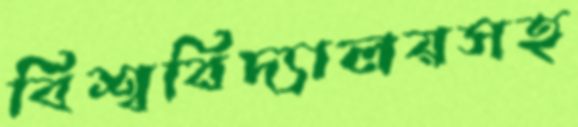
বিশ্ববিদ্যালয়সহ